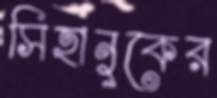
সিহানুকের